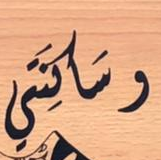
وساكنتي